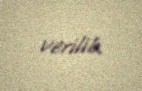
verilib.